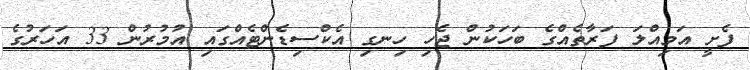
ފެށީ އަމިއްލަ ފަރާތެއްގެ ބަހަކުން ޖެހި ހިނގި އެކްސިޑެންޓެއްގައި އުމުރުން 33 އަހަރުގެ